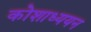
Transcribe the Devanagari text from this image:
कोशाध्ययन